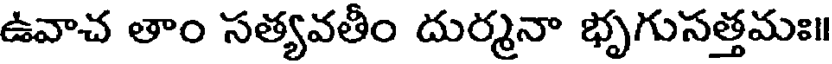
ఉవాచ తాం సత్యవతీం దుర్మనా భృగుసత్తమః